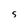
Character: 5